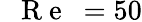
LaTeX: \mathrm{~\textit~{~R~e~}~}=50